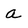
Character: a